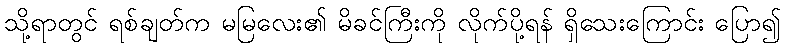
သို့ရာတွင် ရစ်ချတ်က မမြလေး၏ မိခင်ကြီးကို လိုက်ပို့ရန် ရှိသေးကြောင်း ပြော၍